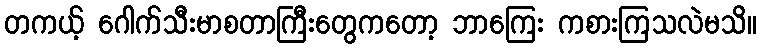
တကယ့် ဂေါက်သီးမာစတာကြီးတွေကတော့ ဘာကြေး ကစားကြသလဲမသိ။